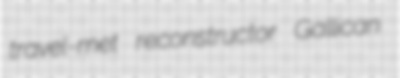
travel-met reconstructor Gallican